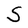
Character: S